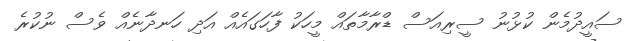
ސައީދުމެން ކުޅުނު ސީރިއަސް ޑްރާމާތައް މީހަކު ފާހަގައެއް އަދި ހަނދާނެއް ވެސް ނުކުރެ